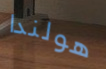
هولندا